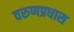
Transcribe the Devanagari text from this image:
वरुणप्रधास